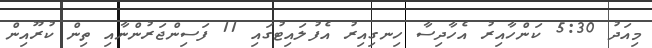
މިއަދު 5:30 ކަންހާއިރު އެހާދިސާ ހިނގިއިރު އެފުލައިޓުގައި 11 ފަސިންޖަރުންނާއި ތިން ކުރޫއިން